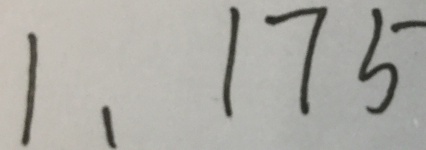
1 , 1 7 5